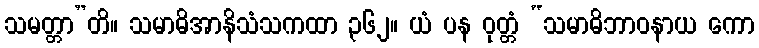
သမတ္တာ”တိ။ သမာဓိအာနိသံသကထာ ၃၆၂။ ယံ ပန ဝုတ္တံ “သမာဓိဘာဝနာယ ကော